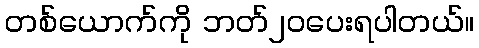
တစ်ယောက်ကို ဘတ်၂၀ပေးရပါတယ်။